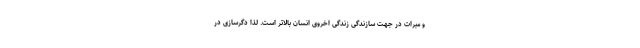
و مبرات در جهت سازندگی زندگی اخروی انسان بالاتر است. لذا دگرسازی در